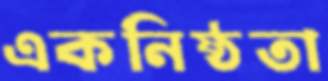
একনিষ্ঠতা